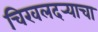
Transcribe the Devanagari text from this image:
चिखलदर्‍याचा